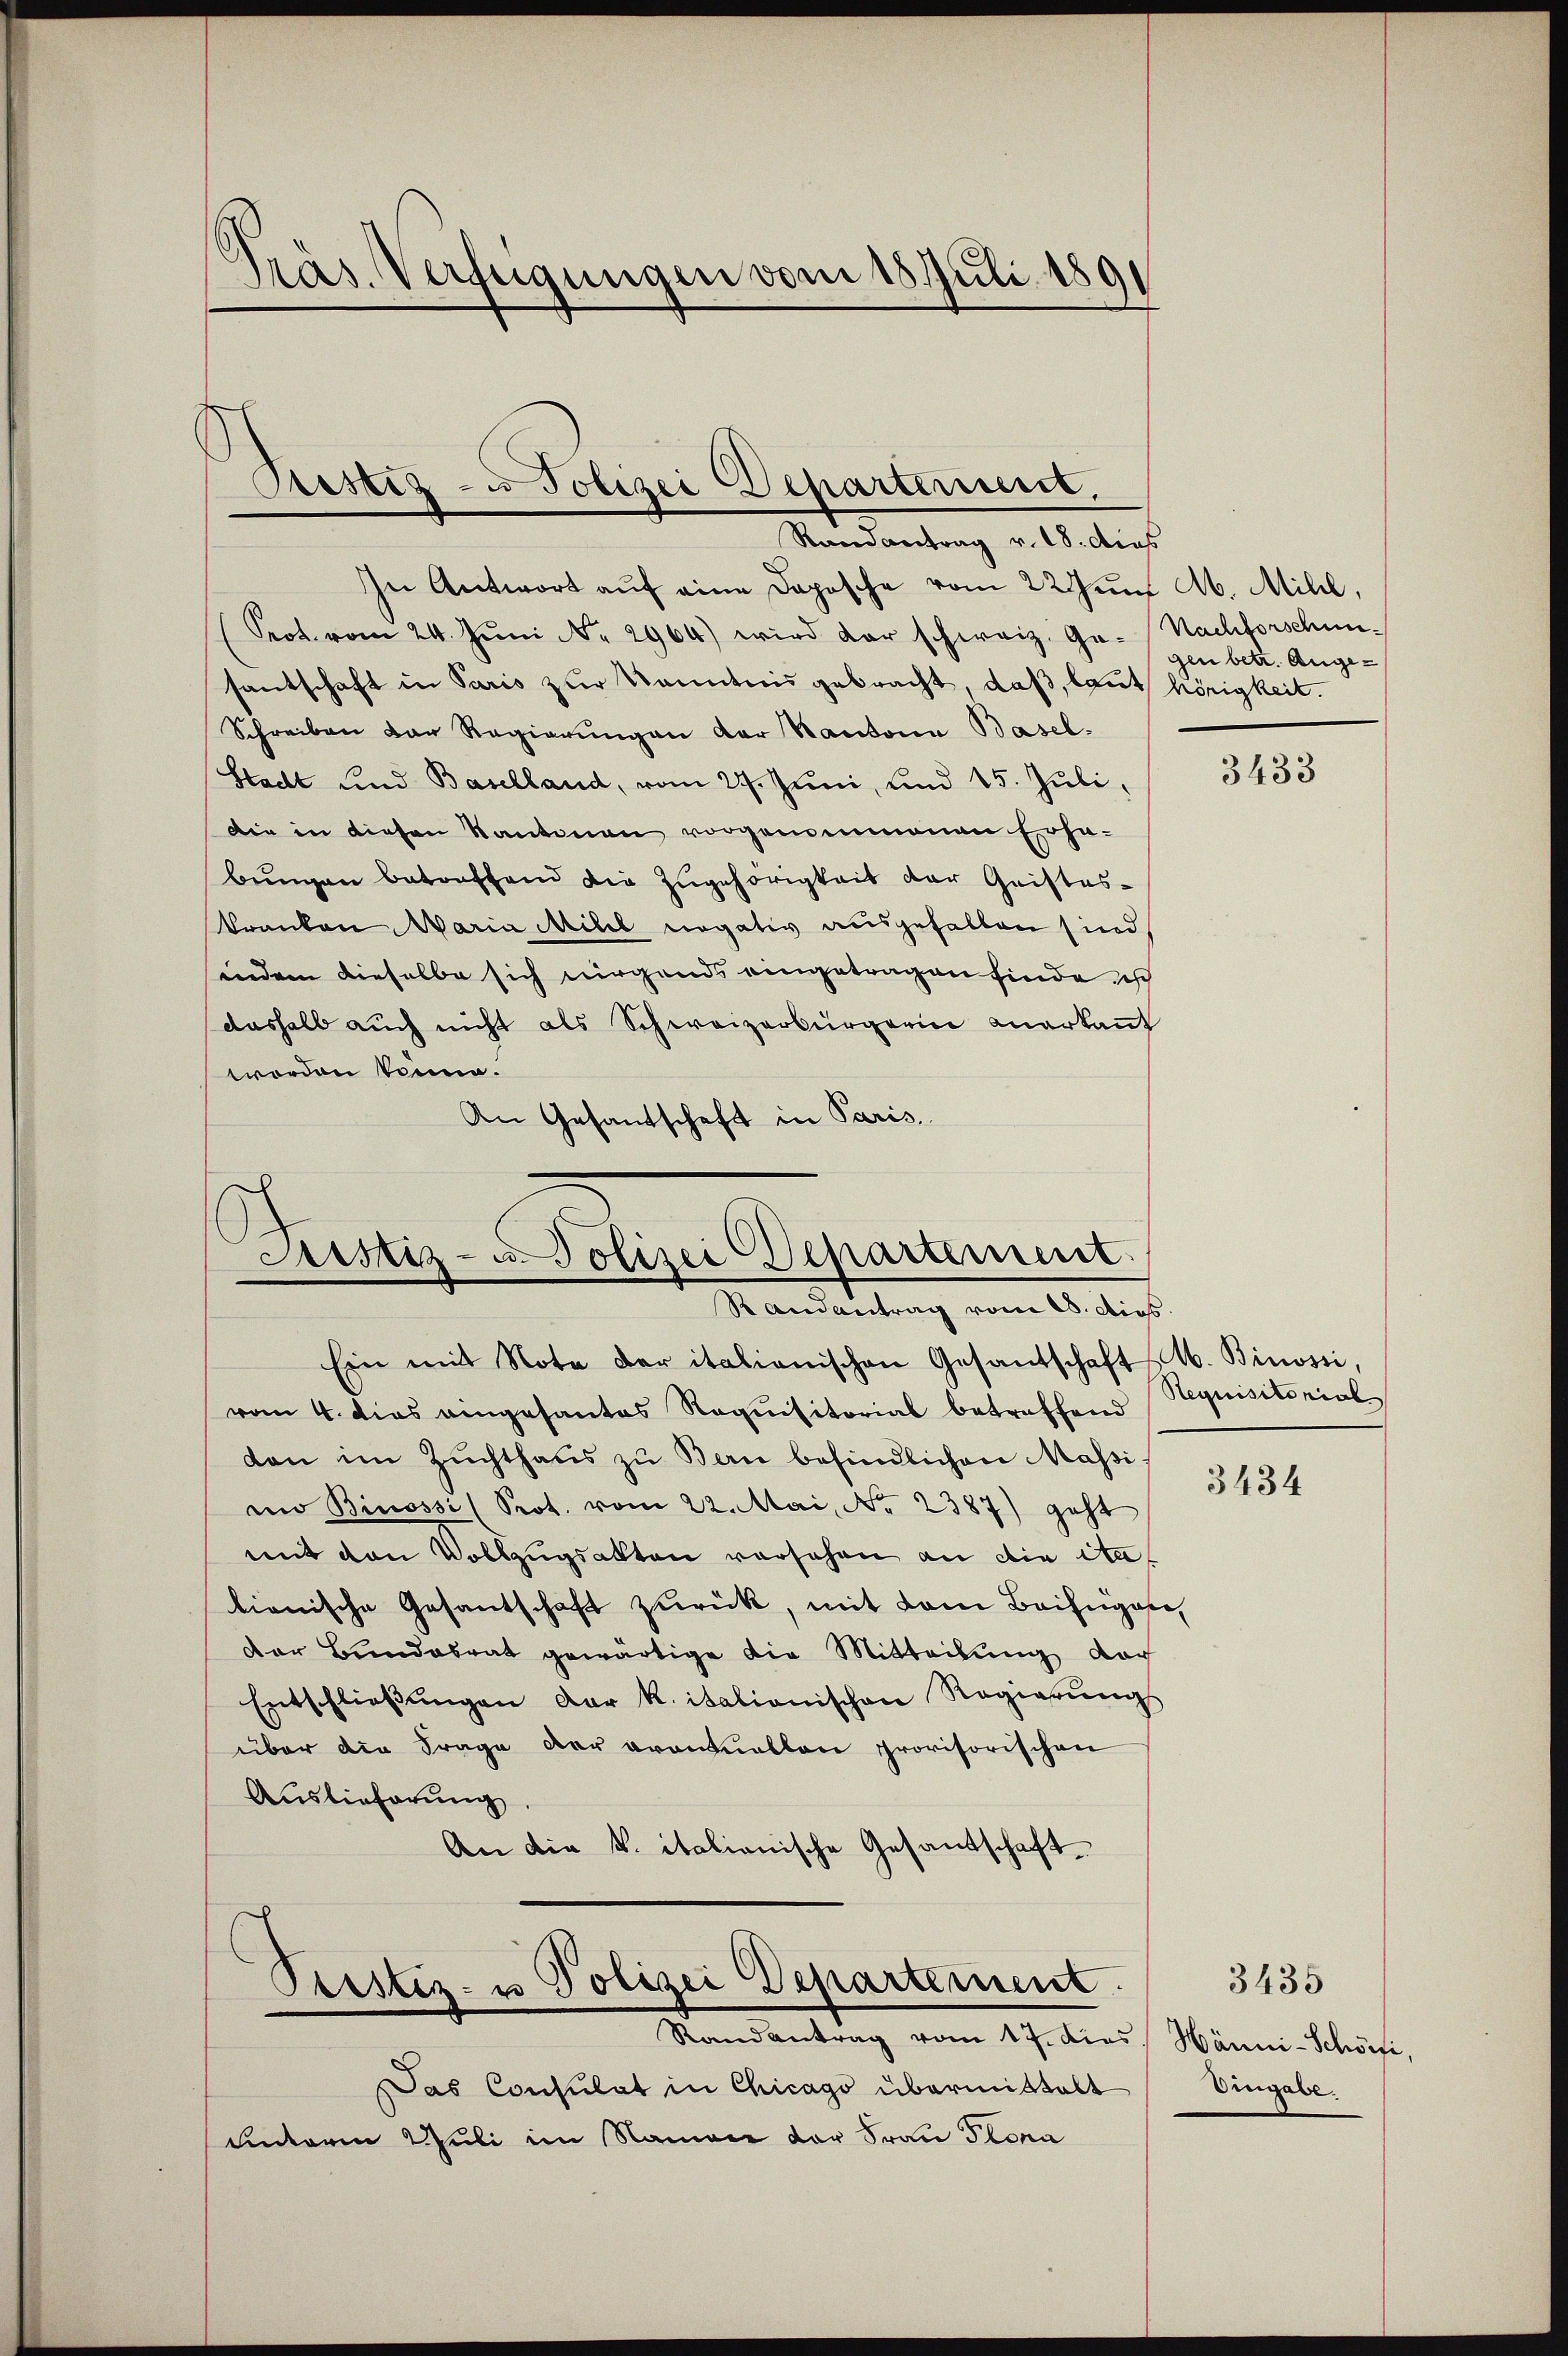
Präs. Verfügungen vom 15. Juli 1891

Prestiz- u Polizei Departerient.

Randantrag v. 18. dies
In Antwort auf eine Doposche vom 22 Jun. A. Milil,
Prot. vom 24. Jŭni Nr. 2964) wird der schweiz. Ge- Nachforschunsantschaft in Paris zur Kenntnis gebracht, daß, laut hörigkeit.
Schreiben der Regierŭngen der Kantona Basel.
Stadt und Baselland, vom 27. Juni, und 15. Juli,
Die in diesen Kantonen vorgenommenen Erhebungen betonstand die Zugehörigkeit der Gristes-
kranken Maria Milil negativ ausgefallen sind,
indem dieselbe sich nirgends eingetragen finde ich
dashalb auch nicht als Schweizerbürgerin anerkaṅt
wworden könne.
An Gesandschaft in Paris.

Fstiz- u. Polizei Departement.
Randantrag vom 28. dies.

gen betr. Ange¬

Ein mit Note der italienischen Gesantschaft M. Binossi,
vom 4. dies eingesantes Requisitorial betreffend
dan im Zŭchthaŭs zŭ Bern befindlichen Massi-
nn Binossi (Prot. vom 22. Mai, No. 2387) geht
mit den Vollzugsalten vorsehen an die Stat
lienische Gesantschaft zurück, mit dem Beifügen,
der Bundesrat gewärtige die Mitteilung doch
Entschlieβŭngen der K. italionischen Regierŭngs
über die Frage der Brannallen provisorischen
Auslieferung
An die k. italianische Gesantschaft¬
Pristiz- u Polizei Departement.
Randantrag vom 17. Dies Hänni-Schöfe,
Das Consulat in Chicago übermittalt
uinterm Juli im Namen der Frau Plona

3433

Requisitorial

3434

Dingabe.

3435